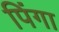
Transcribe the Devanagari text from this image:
पिंगा